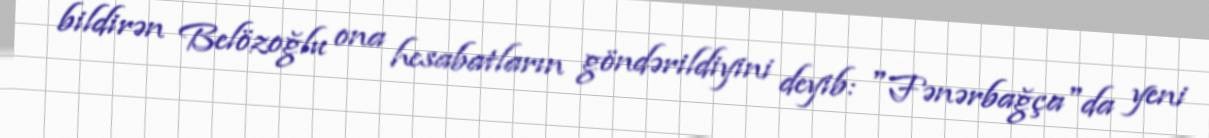
bildirən Belözoğlu ona hesabatların göndərildiyini deyib: "Fənərbağça"da yeni